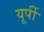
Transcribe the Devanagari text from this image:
यूर्पी